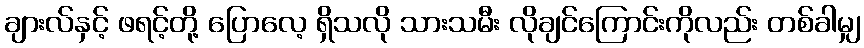
ချားလ်နှင့် ဖရင့်တို့ ပြောလေ့ ရှိသလို သားသမီး လိုချင်ကြောင်းကိုလည်း တစ်ခါမျှ